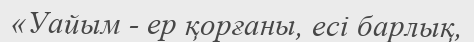
«Уайым - ер қорғаны, есі барлық,